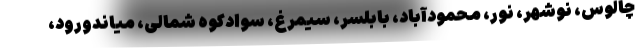
چالوس، نوشهر، نور، محمودآباد، بابلسر، سیمرغ، سوادکوه شمالی، میاندورود،